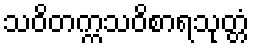
သဝိတက္ကသဝိစာရသုတ္တံ